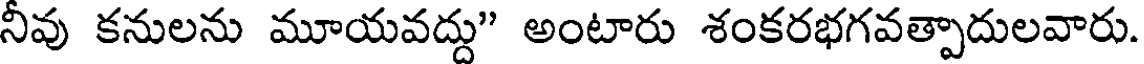
నీవు కనులను మూయవద్దు" అంటారు శంకరభగవత్పాదులవారు.